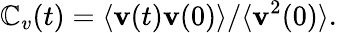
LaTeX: \mathbb{C}_{v}(t)=\langle{\mathbf{v}}(t){\mathbf{v}}(0)\rangle/\langle{\mathbf{v}}^{2}(0)\rangle.